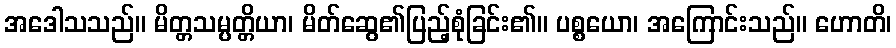
အဒေါသသည်။ မိတ္တသမ္ပတ္တိယာ၊ မိတ်ဆွေ၏ပြည့်စုံခြင်း၏။ ပစ္စယော၊ အကြောင်းသည်။ ဟောတိ၊